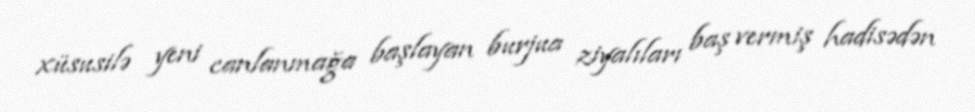
xüsusilə yeni canlanmağa başlayan burjua ziyalıları baş vermiş hadisədən